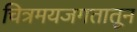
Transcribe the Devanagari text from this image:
चित्रमयजगतातून